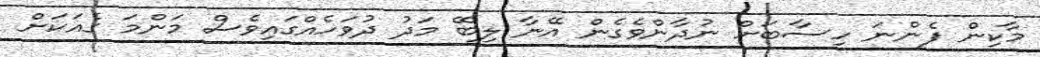
މާކިން ފެންނަ ހިސާބަށް ނުދާންވެގެން އޭނާ ލިބޭ މަދު ދުވަހެއްގައިވެސް މަންމަ ގެއަކަށް